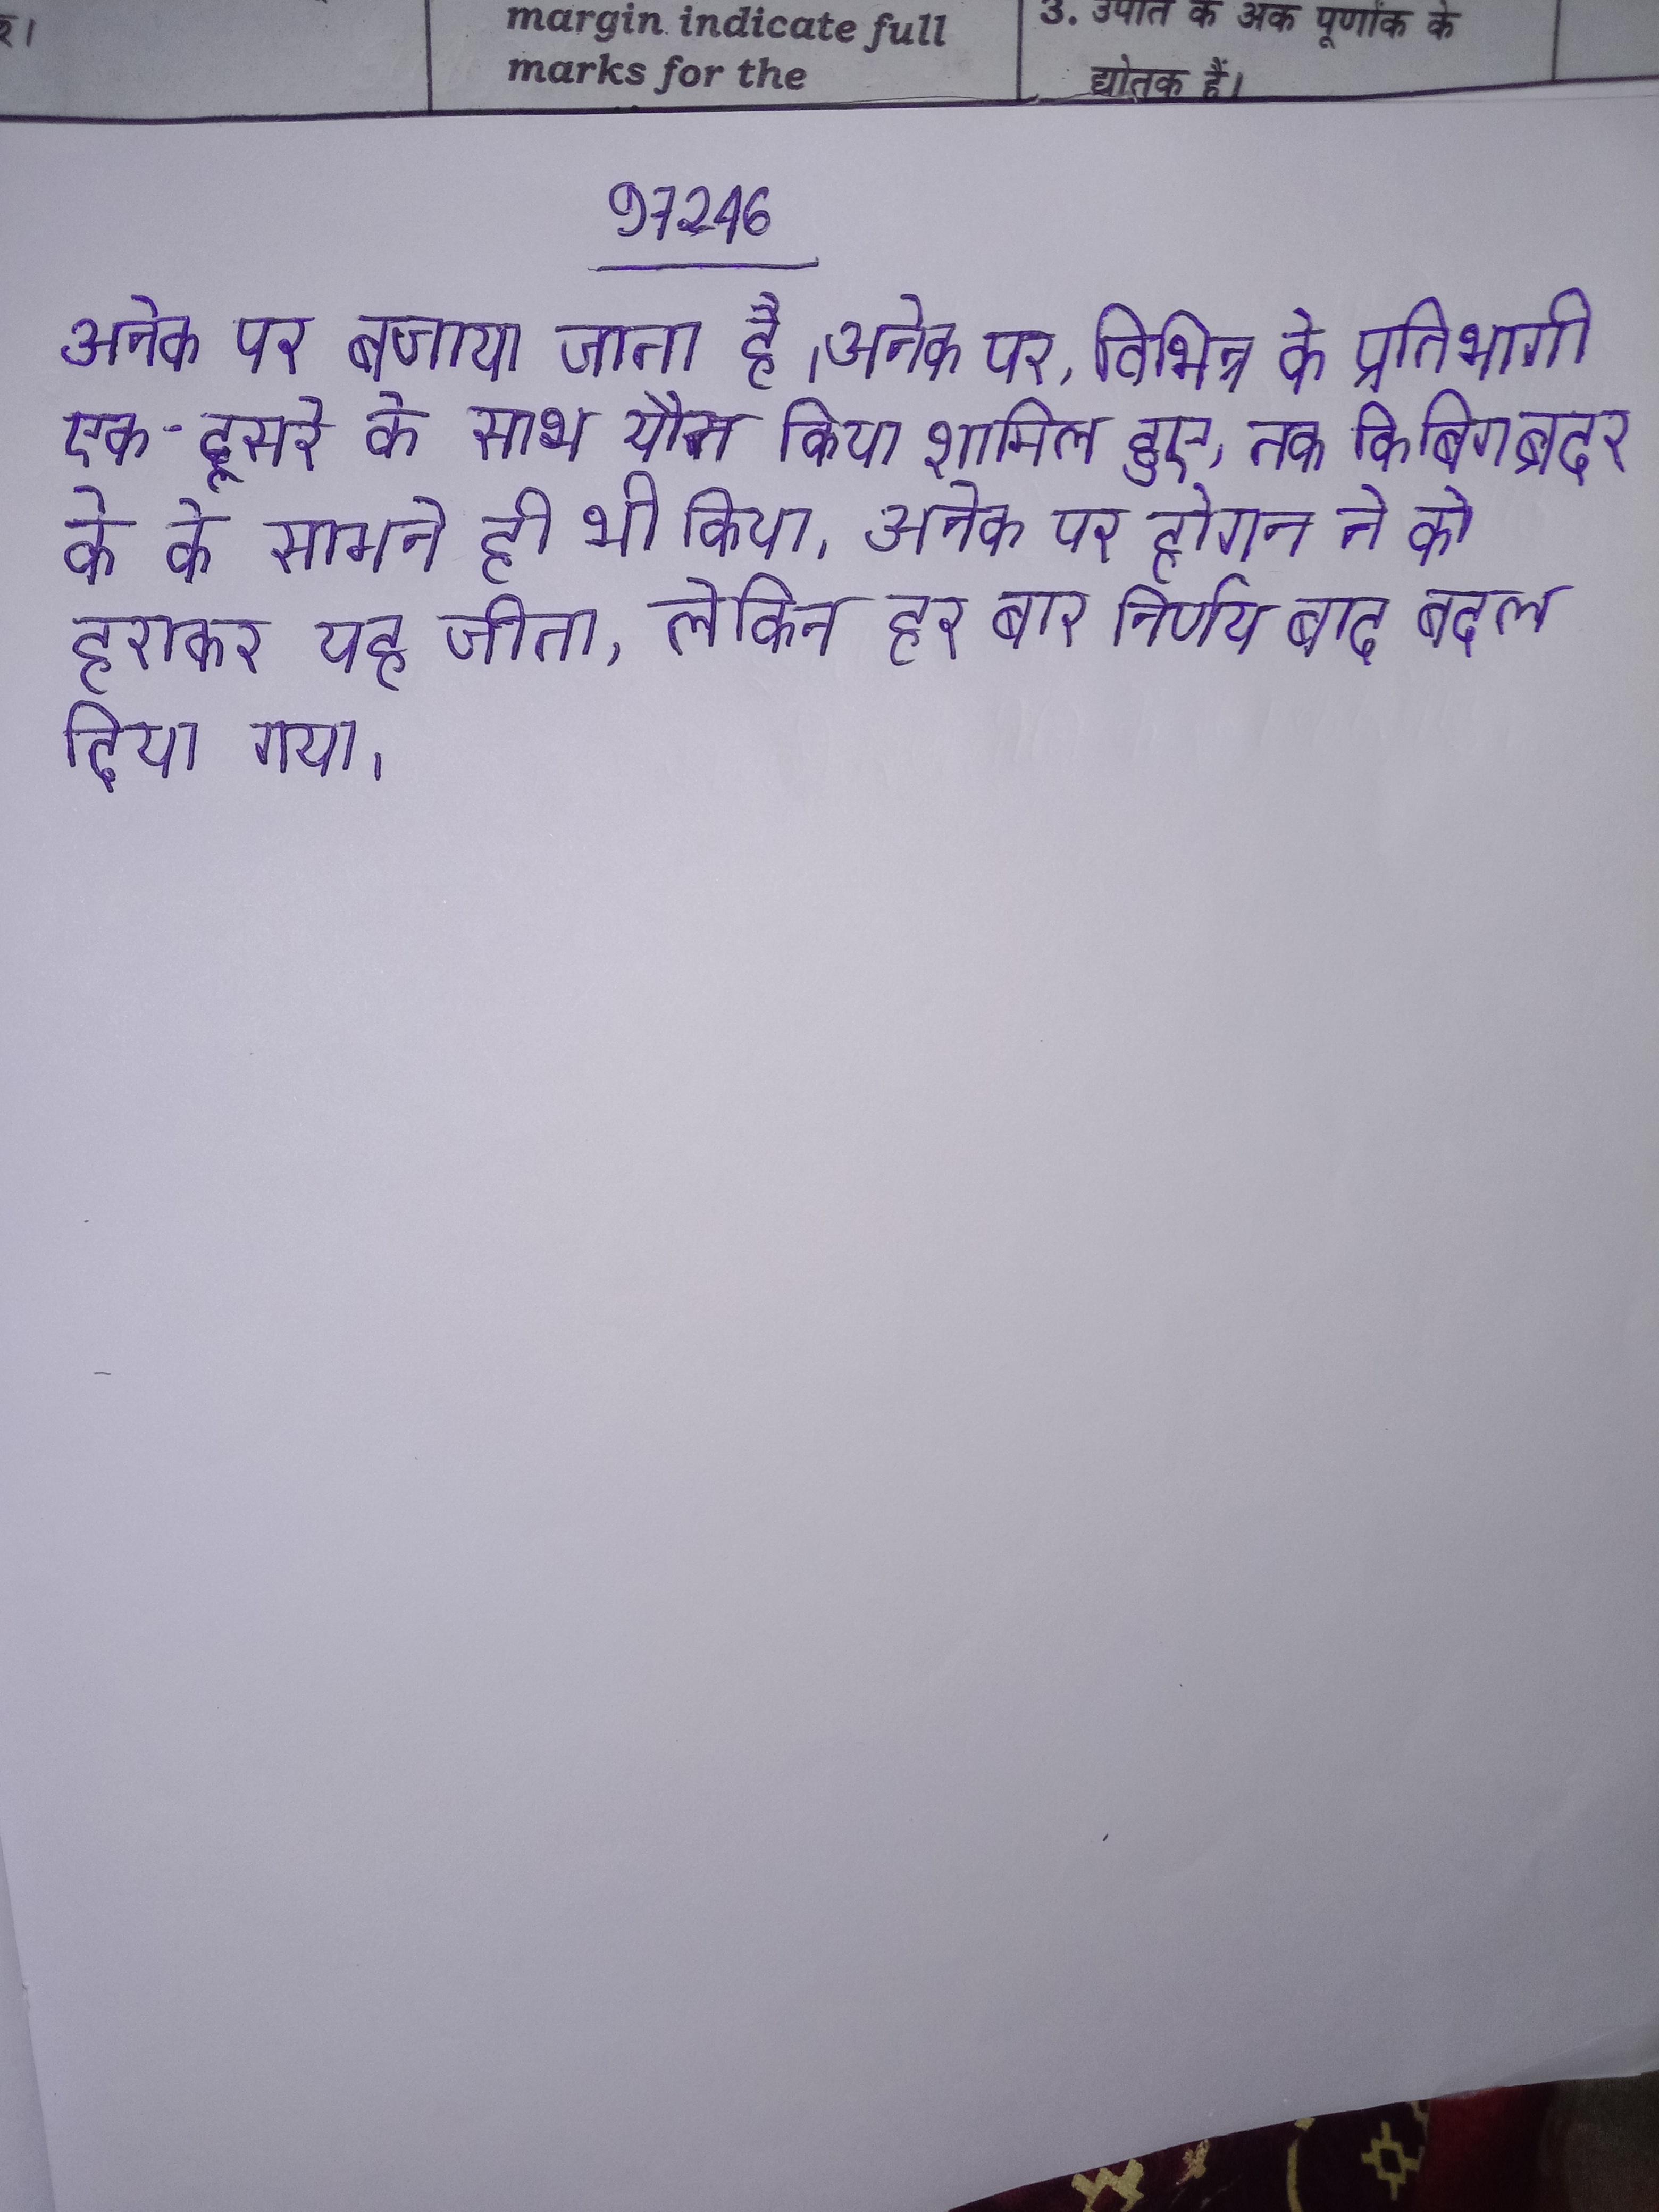
अनेक पर बजाया जाता है । अनेक पर, विभिन्न के प्रतिभागी एक-दूसरे के साथ यौन क्रिया शामिल हुए, तक कि बिग ब्रदर के के सामने ही भी किया । अनेक पर होगन ने को हराकर यह जीता, लेकिन हर बार निर्णय बाद बदल दिया गया ।